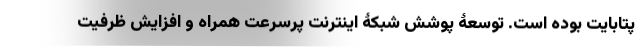
پتابایت بوده است. توسعۀ پوشش شبکۀ اینترنت پرسرعت همراه و افزایش ظرفیت